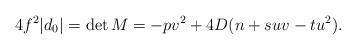
LaTeX: \begin{align*} 4f^2|d_0|=\det M=-pv^2+4D(n+suv-tu^2). \end{align*}